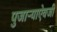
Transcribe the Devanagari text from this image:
पुजाऱ्याऐवजी